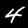
Label: 4